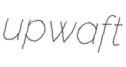
upwaft